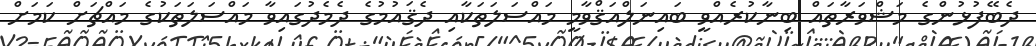
ދެބޭފުޅުންގެ މަޝްވަރާތައް ބިނާކުރެއްވީ ބައިނަލްއަޤްވާމީ މައްސަލަތަކާއި ދެޤައުމުގެ ދެމެދުގައިވާ މައްސަލަތަކުގެ މައްޗަށް ކަމަށް